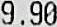
9.90